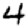
Digit: 4